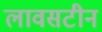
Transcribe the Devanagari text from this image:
लावसटीन